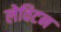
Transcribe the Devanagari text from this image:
लेविटन